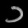
Digit: ၁